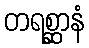
တရစ္ဆာနံ